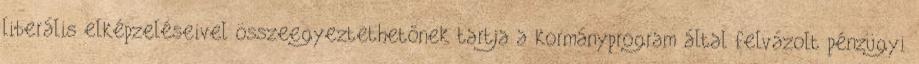
liberális elképzeléseivel összeegyeztethetőnek tartja a kormányprogram által felvázolt pénzügyi